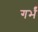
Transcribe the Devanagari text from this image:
गर्भं